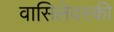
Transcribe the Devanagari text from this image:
वासिलेवस्की